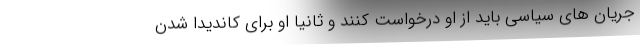
جریان های سیاسی باید از او درخواست کنند و ثانیا او برای کاندیدا شدن